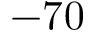
- 7 0